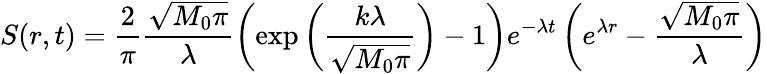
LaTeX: S(r,t)=\frac{2}{\pi}\frac{\sqrt{M_{0}\pi}}{\lambda}\left(\exp\left(\frac{k\lambda}{\sqrt{M_{0}\pi}}\right)-1\right)e^{-\lambda t}\left(e^{\lambda r}-\frac{\sqrt{M_{0}\pi}}{\lambda}\right)